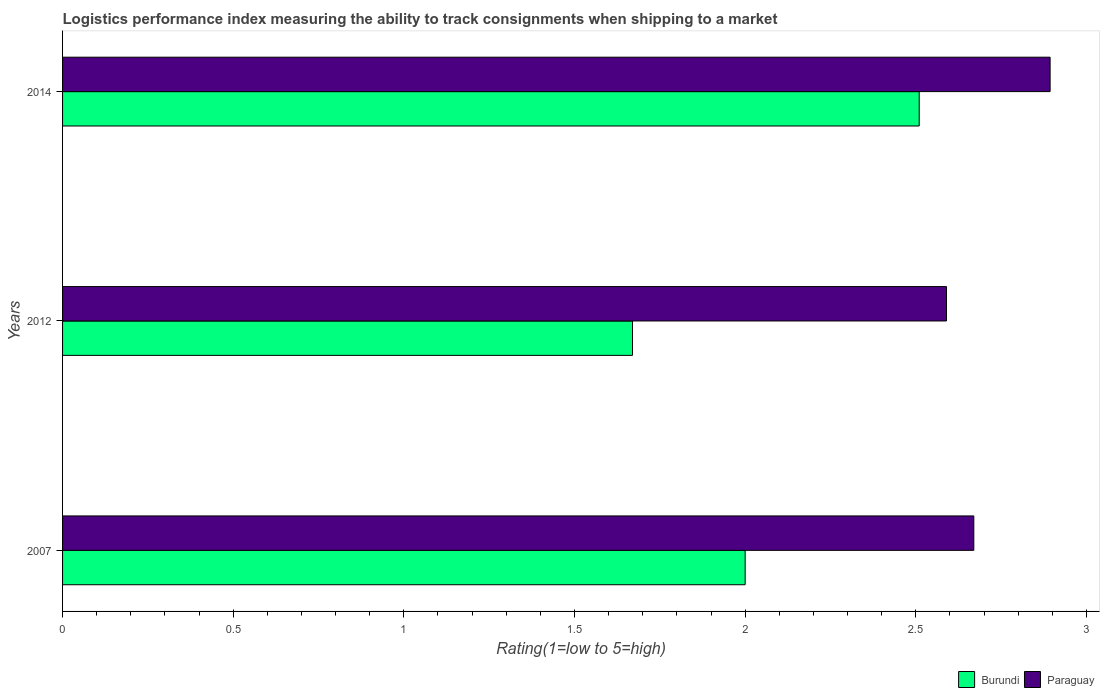
| Years | Burundi | Paraguay |
 | --- | --- | --- |
 | 2007 | 2 | 2.67 |
 | 2012 | 1.67 | 2.59 |
 | 2014 | 2.51 | 2.89 |